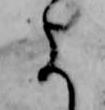
よ